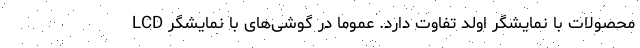
محصولات با نمایشگر اولد تفاوت دارد. عموما در گوشی‌های با نمایشگر LCD